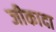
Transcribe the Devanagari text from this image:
जीकादा